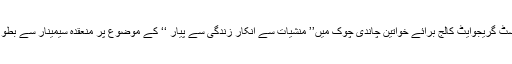
ان خیالا ت کا اظہار انہوں نے گورنمنٹ پوسٹ گریجوایٹ کالج برائے خواتین چاندی چوک میں’’ منشیات سے انکار زندگی سے پیار ‘‘ کے موضوع پر منعقدہ سیمینار سے بطو رمہمان خصوصی خطاب کرتے ہوئے کیا ۔